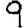
Digit: 9